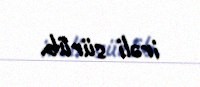
irəli sürüb.